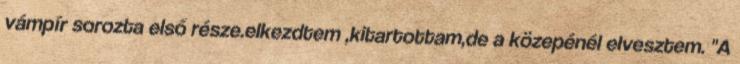
vámpír sorozta első része.elkezdtem ,kitartottam,de a közepénél elvesztem. "A